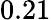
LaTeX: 0.21